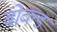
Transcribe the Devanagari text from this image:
बोव्ल्ड